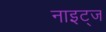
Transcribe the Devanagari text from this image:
नाइट्ज